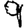
Digit: 9